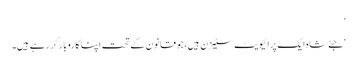
‘
‘ جئےشاہ ایک پرائیویٹ سٹیزن ہیں، جو قانون کے تحت اپنا کاروبار کر رہے ہیں۔